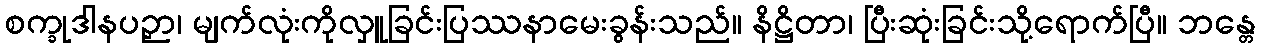
စက္ခုဒါနပဉှာ၊ မျက်လုံးကိုလှူခြင်းပြဿနာမေးခွန်းသည်။ နိဋ္ဌိတာ၊ ပြီးဆုံးခြင်းသို့ရောက်ပြီ။ ဘန္တေ